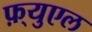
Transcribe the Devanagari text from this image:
फ़्युएल